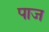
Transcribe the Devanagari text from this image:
पाज